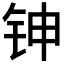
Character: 𬬹